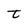
Character: t